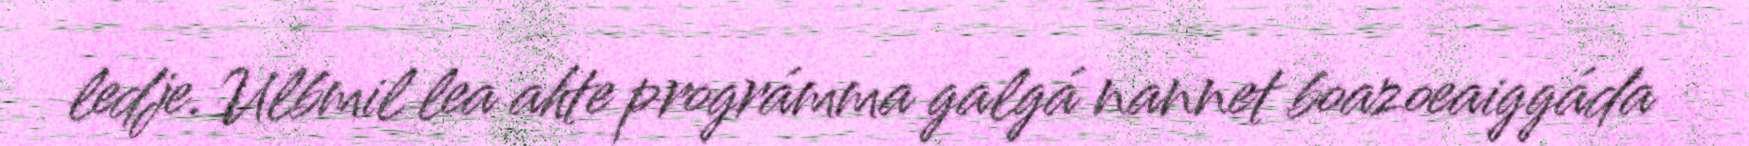
ledje. Ulbmil lea ahte prográmma galgá nannet boazoeaiggáda